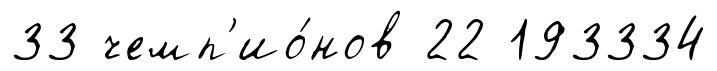
33 чемп'ио́нов 22 193334